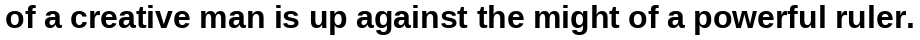
of a creative man is up against the might of a powerful ruler.